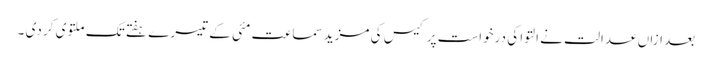
بعد ازاں عدالت نے التوا کی درخواست پر کیس کی مزید سماعت مئی کے تیسرے ہفتے تک ملتوی کر دی ۔